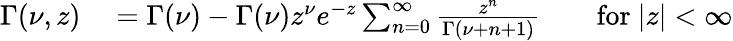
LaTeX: \begin{array}{rl}{\Gamma(\nu,z)}&{{}=\Gamma(\nu)-\Gamma(\nu)z^{\nu}e^{-z}\sum_{n=0}^{\infty}\frac{z^{n}}{\Gamma(\nu+n+1)}\qquad\mathrm{for}\ |z|<\infty}\end{array}